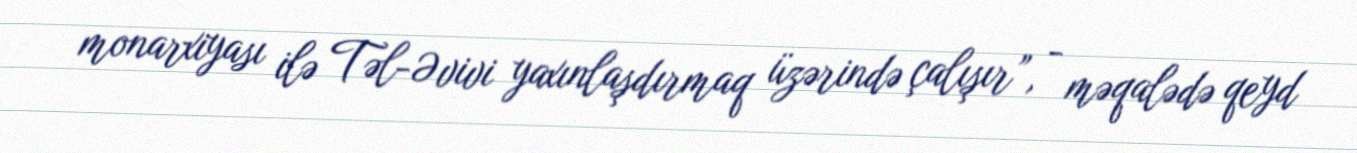
monarxiyası ilə Təl-Əvivi yaxınlaşdırmaq üzərində çalışır”, - məqalədə qeyd